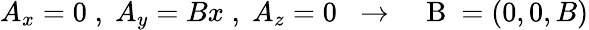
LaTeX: A_{x}=0\; ,\; A_{y}=Bx\; ,\; A_{z}=0\; \; \to\; \; \mathrm{~\mathbf~B~}=(0,0,B)